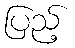
ပြည့်